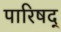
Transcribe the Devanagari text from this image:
पारिषद्